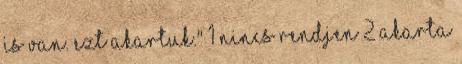
is van. Ezt akartuk." 1 nincs rendjen 2 akarta